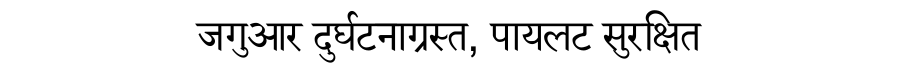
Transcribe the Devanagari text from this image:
जगुआर दुर्घटनाग्रस्त, पायलट सुरक्षित